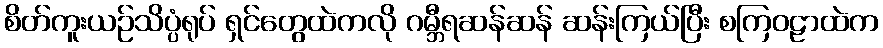
စိတ်ကူးယဉ်သိပ္ပံရုပ် ရှင်တွေထဲကလို ဂမ္ဘီရဆန်ဆန် ဆန်းကြယ်ပြီး စကြဝဠာထဲက